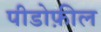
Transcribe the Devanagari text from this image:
पीडोफ़ील